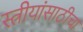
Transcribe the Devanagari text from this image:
स्त्रीयांसाठीचा